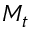
M _ { t }